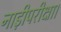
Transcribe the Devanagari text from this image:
नाड़ीपरीक्षा।